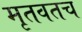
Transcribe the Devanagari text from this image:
मृतवतच